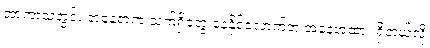
အာကာသတွင်း တနေရာက သက်ရှိတွေ နေနိုင်လောက်တဲ့ အနေအထား ရှိတယ်လို့